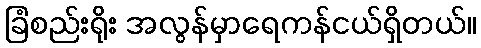
ခြံစည်းရိုး အလွန်မှာရေကန်ငယ်ရှိတယ်။